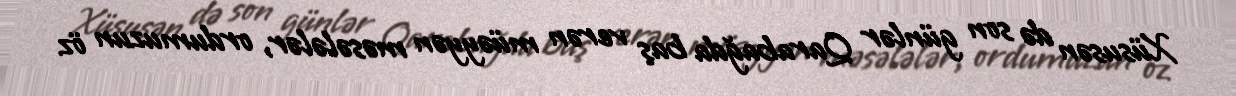
Xüsusən də son günlər Qarabağda baş verən müəyyən məsələlər, ordumuzun öz